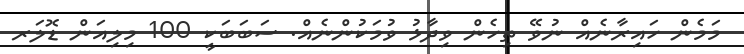
މަމެން ހައިރާނެއް ނުވޭ ތިހެން ވިދާޅު ވުމަކުންނެއް. ސަބަބަކީ 100 މިލިއަން ޑޮލަރ